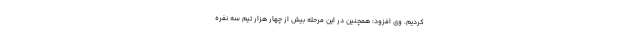
کردیم. وی افزود: همچنین در این مرحله بیش از چهار هزار تیم سه نفره